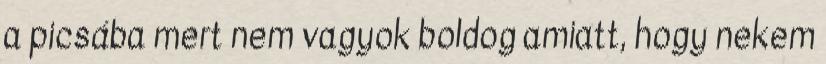
a picsába mert nem vagyok boldog amiatt, hogy nekem